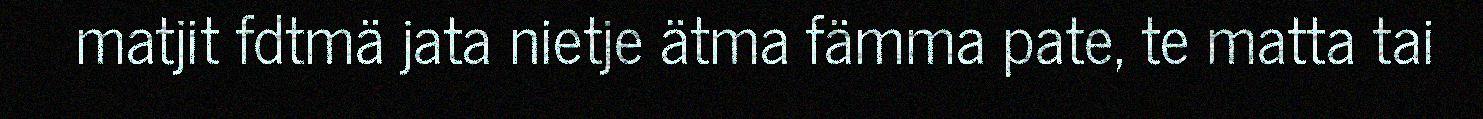
matjit fdtmä jata nietje ätma fämma pate, te matta tai